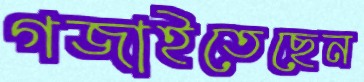
গজাইতেছেন